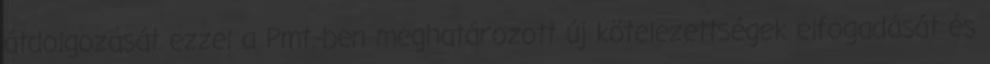
átdolgozását ezzel a Pmt.-ben meghatározott új kötelezettségek elfogadását és